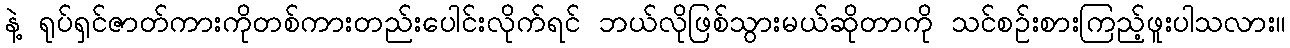
နဲ့ ရုပ်ရှင်ဇာတ်ကားကိုတစ်ကားတည်းပေါင်းလိုက်ရင် ဘယ်လိုဖြစ်သွားမယ်ဆိုတာကို သင်စဉ်းစားကြည့်ဖူးပါသလား။